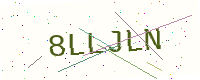
Text: 8LLJLN